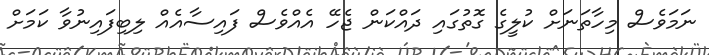
ނަމަވެސް މިހާތަނަށް ކުލީގެ ގޮތުގައި ދައްކަން ޖެހޭ އެއްވެސް ފައިސާއެއް ލިބިފައިނުވާ ކަމަށް